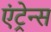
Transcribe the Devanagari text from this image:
एंट्रेन्स